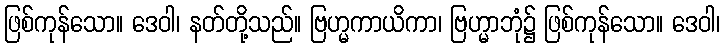
ဖြစ်ကုန်သော။ ဒေဝါ၊ နတ်တို့သည်။ ဗြဟ္မကာယိကာ၊ ဗြဟ္မာဘုံ၌ ဖြစ်ကုန်သော။ ဒေဝါ၊